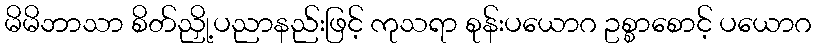
မိမိဘာသာ စိတ်ညှို့ပညာနည်းဖြင့် ကုသရာ စုန်းပယောဂ ဥစ္စာစောင့် ပယောဂ